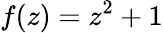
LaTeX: f(z)=z^{2}+1